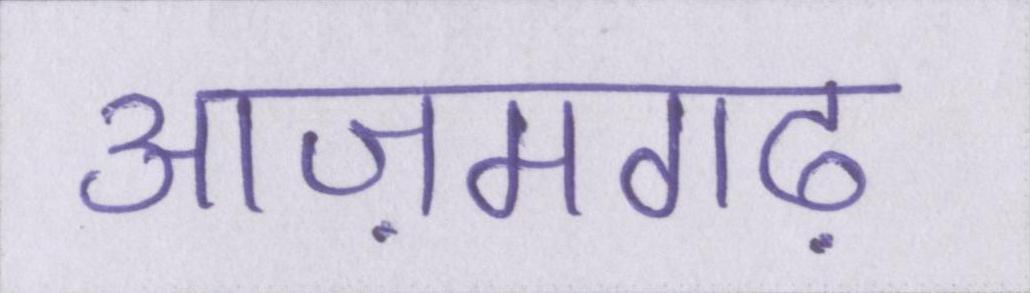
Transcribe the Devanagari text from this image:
आज़मगढ़